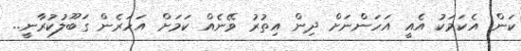
ކަން. އެކަމަކު އެއީ އަހަންނަށް ދިން އިތުރު ވޭނެއް ކަމަށް އަހަރެން ގަބޫލުކުރާނީ..